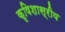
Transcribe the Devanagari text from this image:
कृषिशास्रीय